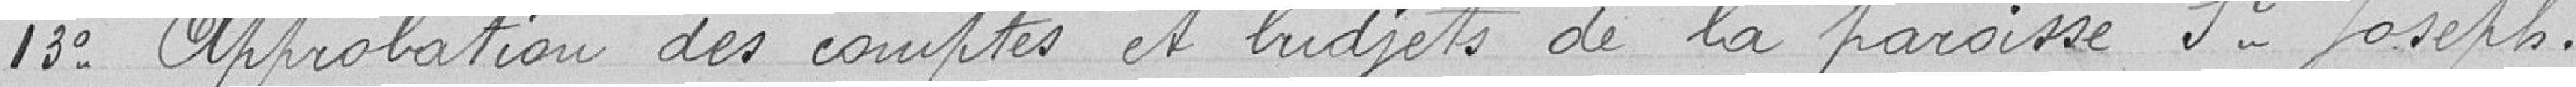
13° Approbation des comptes et budgets de la paroisse St Joseph.